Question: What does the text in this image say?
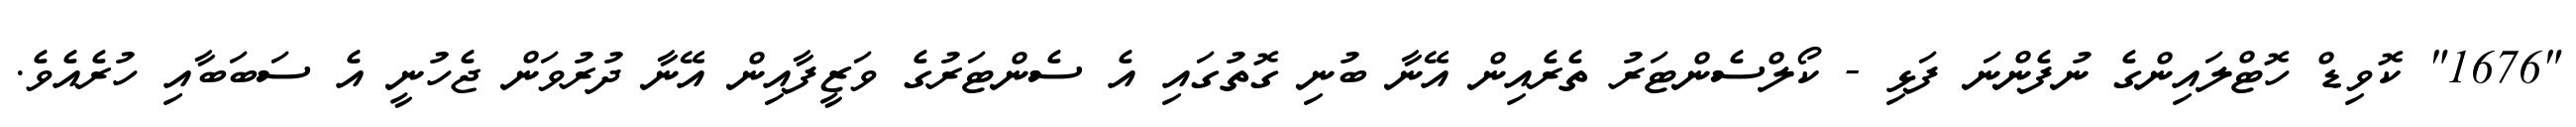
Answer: "1676" ކޮވިޑް ހޮޓްލައިންގެ ނުފެންނަ ފަޅި - ކޯލްސެންޓަރު ތެރެއިން އޭނާ ބުނި ގޮތުގައި އެ ސެންޓަރުގެ ވަޒީފާއިން އޭނާ ދުރުވަން ޖެހުނީ އެ ސަބަބާއި ހުރެއެވެ.